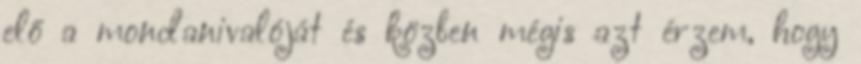
elő a mondanivalóját és közben mégis azt érzem, hogy